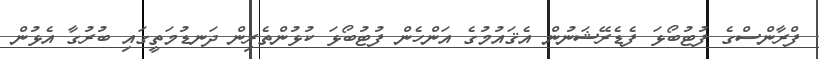
ފްރާންސްގެ ފުޓުބޯޅަ ފެޑެރޭޝަނުން އެޤައުމުގެ އަންހެން ފުޓުބޯޅަ ކުޅުންތެރިން ދަނޑުމަތީގައި ބުރުގާ އެޅުން